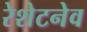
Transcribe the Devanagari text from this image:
रेशेटनेव